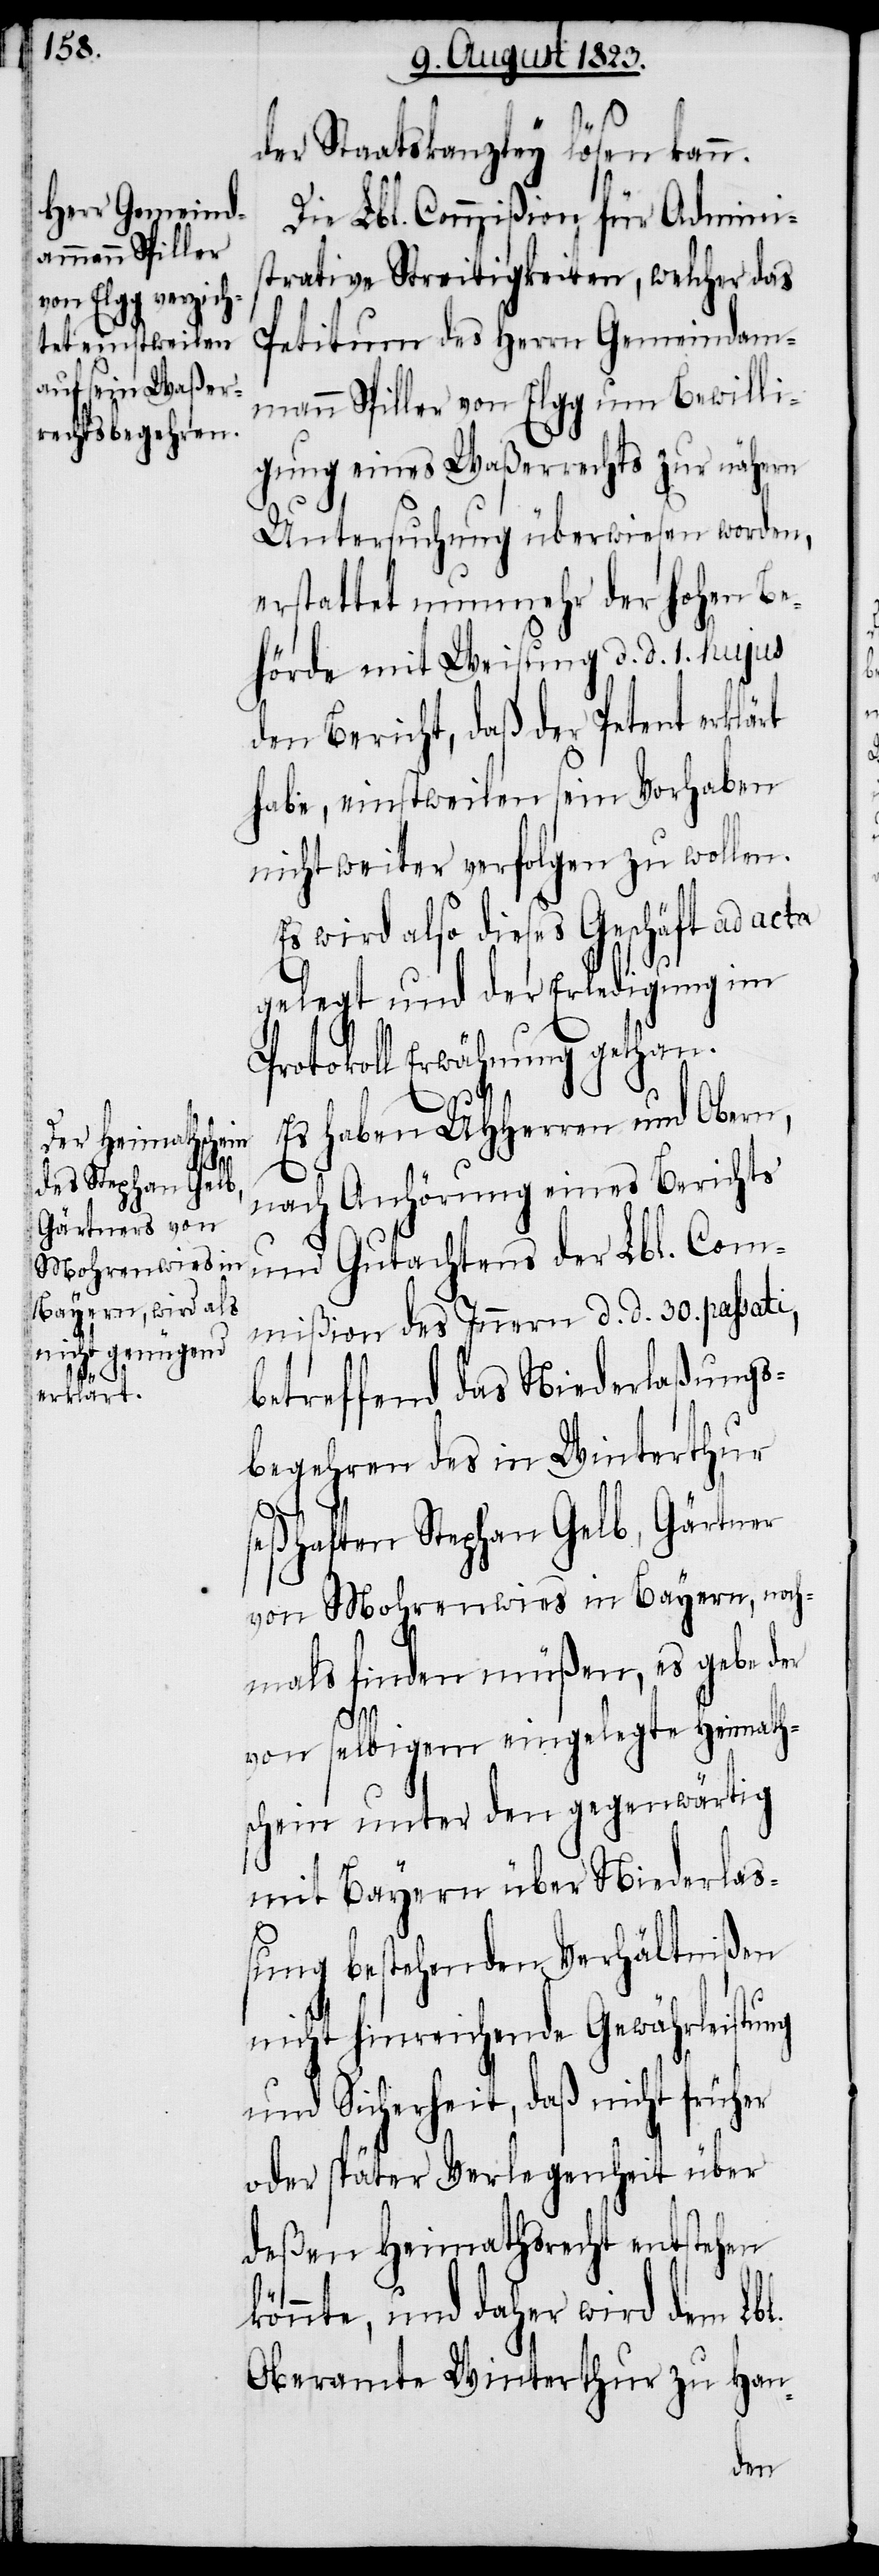
der Staatskanzley lösen kann.
Die Lbl. Commißion für Admini¬
strative Streitigkeiten, welcher das
Petitum des Herrn Gemeindam¬
mann Spiller von Elgg um Bewilli¬
gung eines Waßerrechts zur nähern
Untersuchung überwiesen worden,
erstattet nunmehr der hohen Be¬
hörde mit Weisung d. d. 1. hujus
den Bericht, daß der Petent erklärt
habe, einstweilen sein Vorhaben
nicht weiter verfolgen zu wollen.
Es wird also dieses Geschäft ad acta
gelegt und der Erledigung im
Protokoll Erwähnung gethan.
Es haben UHHerren und Obern,
nach Anhörung eines Berichts
und Gutachtens der Lbl. Com¬
mißion des Innern d. d. 30. passati,
betreffend das Niederlaßungs¬
begehren des in Winterthur
seßhaften Stephan Gelb, Gärtner
von Mohrenwies in Bayern, noch¬
mals finden müßen, es gebe der
l.
von selbigem eingelegte Heimath¬
schein unter den gegenwärtig
mit Bayern über Niederlaß¬
ung bestehenden Verhältnißen
nicht hinreichende Gewährleistung
und Sicherheit, daß nicht früher
oder später Verlegenheit über
deßen Heimathsrecht entstehen
könnte, und daher wird dem Lb¬
Oberamte Winterthur zur Han-